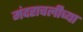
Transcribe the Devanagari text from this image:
मंदराचलीच्या